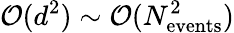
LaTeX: {\cal O}(d^{2})\sim{\cal O}(N_{\mathrm{events}}^{2})